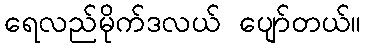
ရေလည်မိုက်ဒလယ် ပျော်တယ်။